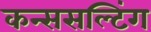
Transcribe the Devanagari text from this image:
कन्ससल्टिंग